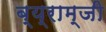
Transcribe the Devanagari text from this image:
ब्य्राम्जी